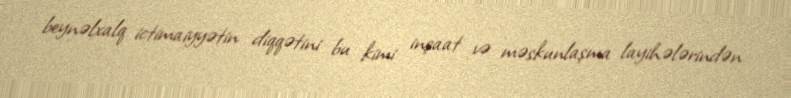
beynəlxalq ictimaiyyətin diqqətini bu kimi inşaat və məskunlaşma layihələrindən